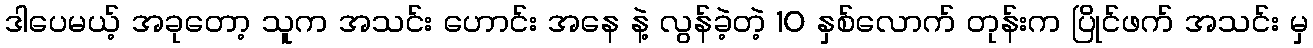
ဒါပေမယ့် အခုတော့ သူက အသင်း ဟောင်း အနေ နဲ့ လွန်ခဲ့တဲ့ 10 နှစ်လောက် တုန်းက ပြိုင်ဖက် အသင်း မှ